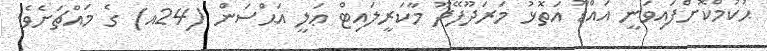
ޙުކުމްކޮށްފައިވަނީ އައްޑޫ އަތޮޅު މަރަދޫފޭދޫ މާކަރީލައިޓް ޢަލީ އަޙްސަން (24އ) ގެ މައްޗަށެވެ.